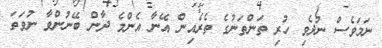
ނަމަވެސް ނުދެވި ހުރި ތަންތަނުގެ ތެރެއިން އޭނާ އެންމެ ދާން ބޭނުންވާ ނުވަތަ